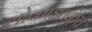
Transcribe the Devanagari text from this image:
लोकांइतकेच